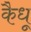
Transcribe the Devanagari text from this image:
कैधू